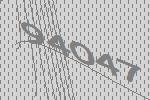
94047